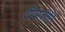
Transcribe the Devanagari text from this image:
दीवाकीर्ति